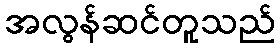
အလွန်ဆင်တူသည်